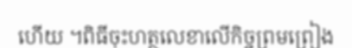
ហើយ ។ពិធីចុះហត្ថលេខាលើកិច្ចព្រមព្រៀង